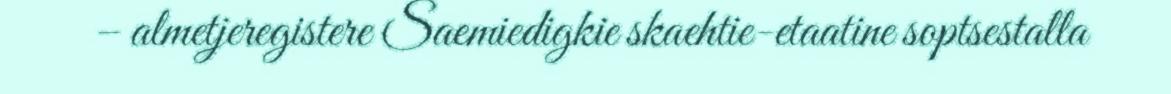
– almetjeregistere Saemiedigkie skaehtie-etaatine soptsestalla